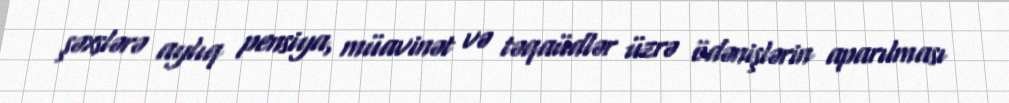
şəxslərə aylıq pensiya, müavinət və təqaüdlər üzrə ödənişlərin aparılması